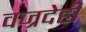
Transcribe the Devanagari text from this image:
वज्रदेही